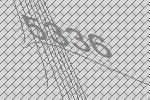
5336